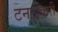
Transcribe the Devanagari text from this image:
टनटोकरी